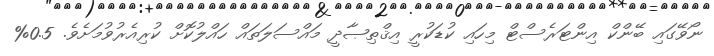
ނޯވޭގައި ބޭންކް އިންޓަރެސްޓް މިހައި ކުޑަކުރީ އިޤްޠިޞާދީ މައްސަލަތައް ހައްލުކޮށް ކުރިއެރުވުމަށެވެ. 0.5%